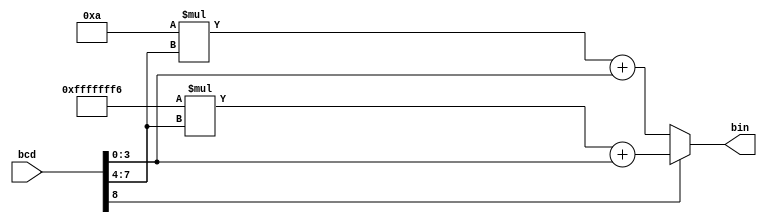
module bcdToBinary(bcd,bin);
	input [8:0] bcd;
	output wire signed [7:0] bin;
	reg signed [7:0] temp;
	
	assign bin = temp;
	
	always @(bcd,temp)
		if(bcd[8]) temp = -10 * bcd[7:4] + bcd[3:0];
		else temp = 10 * bcd[7:4] + bcd[3:0];
endmodule